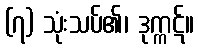
(၇) သုံးသပ်၏၊ ဒုက္ကဋ်။